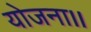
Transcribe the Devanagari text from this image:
योजना।।